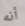
أنه